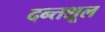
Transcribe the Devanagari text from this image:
दन्तशूल